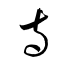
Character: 寺